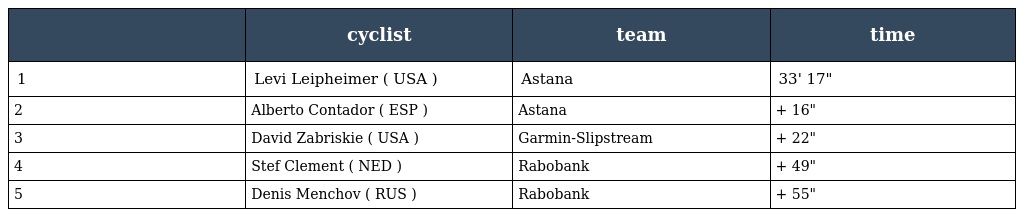
|  | cyclist | team | time |
 | --- | --- | --- | --- |
 | 1 | Levi Leipheimer ( USA ) | Astana | 33' 17" |
 | 2 | Alberto Contador ( ESP ) | Astana | + 16" |
 | 3 | David Zabriskie ( USA ) | Garmin-Slipstream | + 22" |
 | 4 | Stef Clement ( NED ) | Rabobank | + 49" |
 | 5 | Denis Menchov ( RUS ) | Rabobank | + 55" |